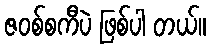
ဇဝစ်စကီပဲ ဖြစ်ပါ တယ်။